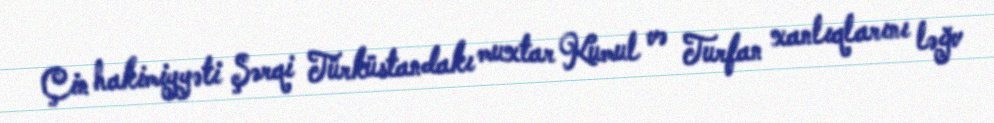
Çin hakimiyyəti Şərqi Türküstandakı muxtar Kumul və Turfan xanlıqlarını ləğv